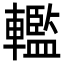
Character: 轞